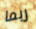
ربما